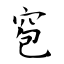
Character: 窇